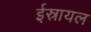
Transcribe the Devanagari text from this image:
ईस्रायल